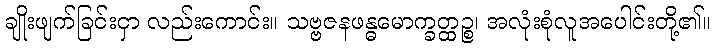
ချိုးဖျက်ခြင်းငှာ လည်းကောင်း။ သဗ္ဗဇနဖန္ဓမောက္ခတ္ထဉ္စ၊ အလုံးစုံလူအပေါင်းတို့၏။